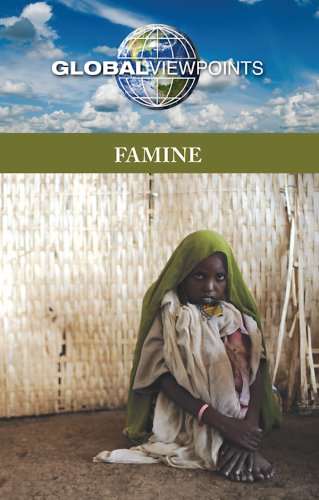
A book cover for Famine (Global Viewpoints); Diane Andrews Henningfeld; Teen & Young Adult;